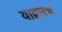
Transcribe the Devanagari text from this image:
याद्वारेच